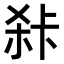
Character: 𭪍